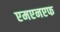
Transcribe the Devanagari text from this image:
एमएनएफ